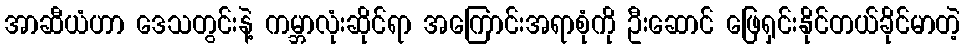
အာဆီယံဟာ ဒေသတွင်းနဲ့ ကမ္ဘာလုံးဆိုင်ရာ အကြောင်းအရာစုံကို ဦးဆောင် ဖြေရှင်းနိုင်တယ်ခိုင်မာတဲ့